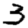
Digit: 3